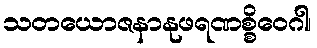
သတယောဇနာနုဖရဏစ္စိဝေဂါ၊